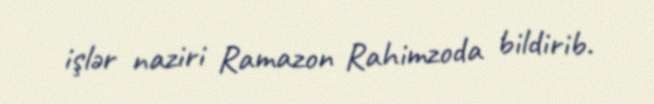
işlər naziri Ramazon Rahimzoda bildirib.